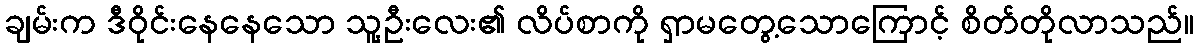
ချမ်းက ဒီဝိုင်းနေနေသော သူ့ဦးလေး၏ လိပ်စာကို ရှာမတွေ့သောကြောင့် စိတ်တိုလာသည်။